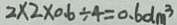
2 \times 2 \times 0 . 6 \div 4 = 0 . 6 d m ^ { 3 }